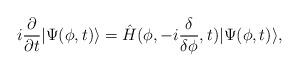
LaTeX: \begin{align*}i \frac{\partial}{\partial t} \vert \Psi (\phi, t) \rangle =\hat{H} (\phi, -i \frac{\delta}{\delta \phi},t) \vert \Psi (\phi,t) \rangle,\end{align*}